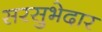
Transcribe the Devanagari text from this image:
सरसुभेदार